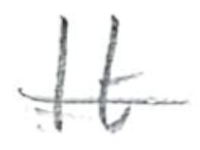
Text: It
Cross-out: single-line
Writing tool: pencil